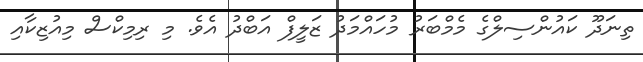
ތިނަދޫ ކައުންސިލްގެ މެމްބަރު މުހައްމަދު ޒަލީފް އަބްދު އެވެ. މި ރިމިކްސް މިއުޒިކާއި